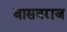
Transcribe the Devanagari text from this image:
बासवराज